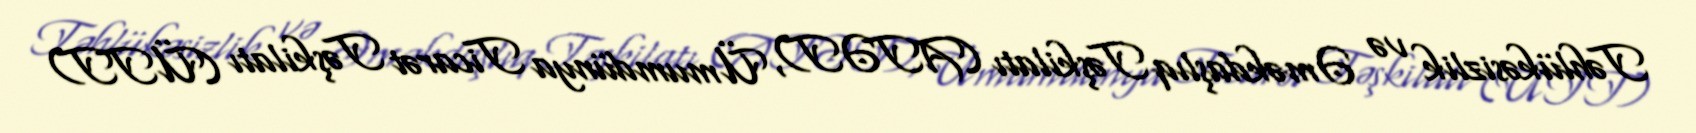
Təhlükəsizlik və Əməkdaşlıq Təşkilatı (ATƏT), Ümumdünya Ticarət Təşkilatı (ÜTT)